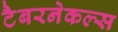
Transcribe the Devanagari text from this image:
टैबरनेकल्स